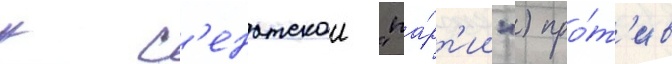
к с'енатскои "па́рт'ии") про́т'ив